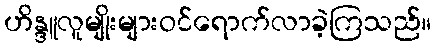
ဟိန္ဒူလူမျိုးများဝင်ရောက်လာခဲ့ကြသည်။